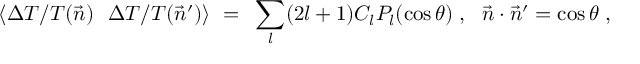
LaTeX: \langle \Delta T / T ( \vec { n } ) ~ ~ \Delta T / T ( \vec { n } ^ { \prime } ) \rangle ~ = ~ \sum _ { l } ( 2 l + 1 ) C _ { l } P _ { l } ( \cos \theta ) \; , ~ ~ \vec { n } \cdot \vec { n } ^ { \prime } = \cos \theta \; ,